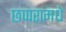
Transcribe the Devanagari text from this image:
छप्परामधे